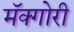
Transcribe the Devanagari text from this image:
मॅक्गोरी